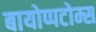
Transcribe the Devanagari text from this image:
बायोप्पटोम्स